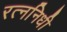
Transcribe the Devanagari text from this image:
रत्‍ननिधी